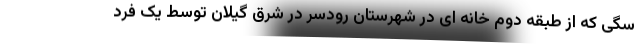
سگی که از طبقه دوم خانه ای در شهرستان رودسر در شرق گیلان توسط یک فرد